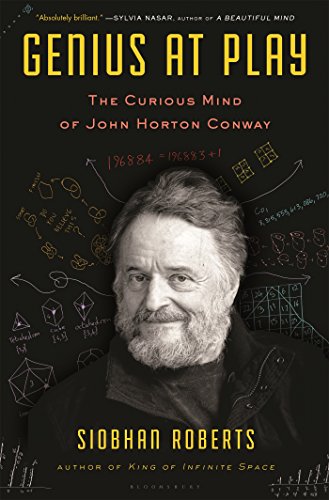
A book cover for Genius At Play: The Curious Mind of John Horton Conway; Siobhan Roberts; Biographies & Memoirs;